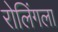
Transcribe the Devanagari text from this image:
रोलिंगला